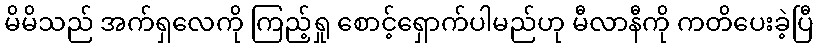
မိမိသည် အက်ရှလေကို ကြည့်ရှု စောင့်ရှောက်ပါမည်ဟု မီလာနီကို ကတိပေးခဲ့ပြီ